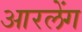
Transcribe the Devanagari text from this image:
आरलेंग